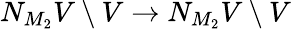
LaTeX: N_{M_{2}}V\setminus V\to N_{M_{2}}V\setminus V